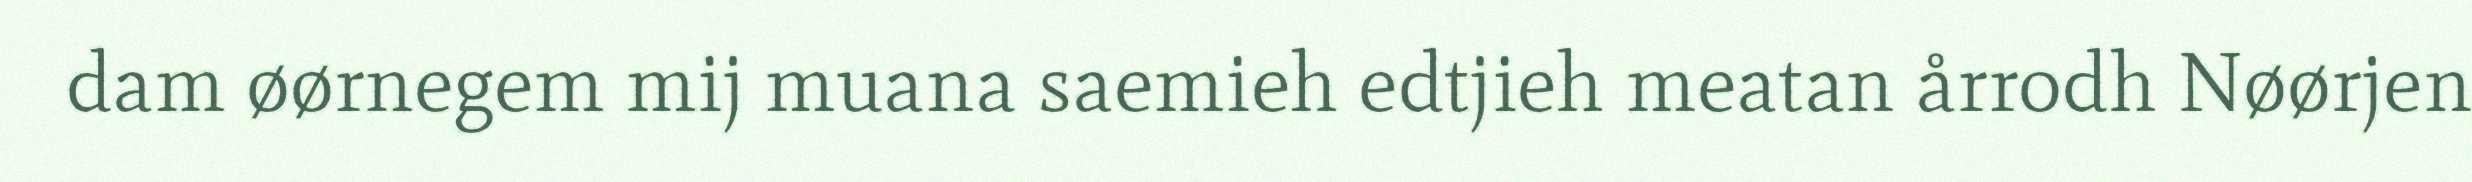
dam øørnegem mij muana saemieh edtjieh meatan årrodh Nøørjen